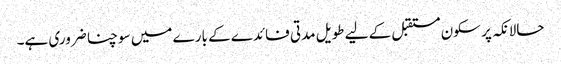
حالانکہ پر سکون مستقبل کے لیے طویل مدتی فائدے کے بارے میں سوچنا ضروری ہے۔